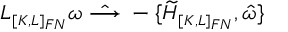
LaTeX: { \cal L } _ { \scriptscriptstyle [ K , L ] _ { F N } } \omega \; \hat { \longrightarrow } \; - \{ \widetilde { \cal H } _ { \scriptscriptstyle [ K , L ] _ { F N } } , \hat { \omega } \}